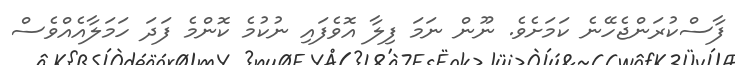
ފާސްކުރަންޖެހޭނެ ކަމަށެވެ. ނޫން ނަމަ ފިލާ އޮވެފައި ނުކުމެ ކޮންމެ ފަދަ ހަމަލާއެއްވެސް